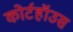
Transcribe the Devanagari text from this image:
कोर्टहॉउस